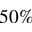
5 0 \%